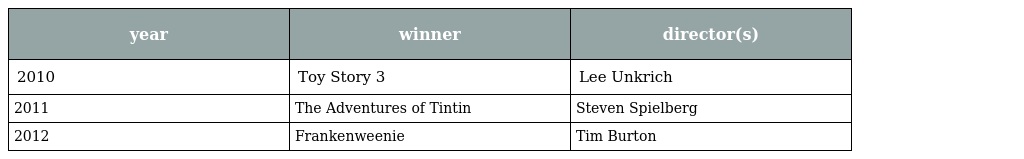
| year | winner | director(s) |
 | --- | --- | --- |
 | 2010 | Toy Story 3 | Lee Unkrich |
 | 2011 | The Adventures of Tintin | Steven Spielberg |
 | 2012 | Frankenweenie | Tim Burton |